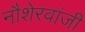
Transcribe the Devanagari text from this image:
नौशेरवांजी